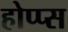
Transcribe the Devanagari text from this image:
होप्प्स